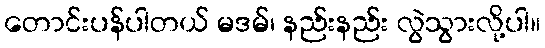
တောင်းပန်ပါတယ် မဒမ်၊ နည်းနည်း လွဲသွားလို့ပါ။